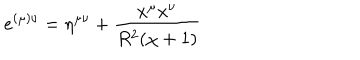
e ^ { ( \mu ) \nu } = \eta ^ { \mu \nu } + \frac { x ^ { \mu } x ^ { \nu } } { R ^ { 2 } ( \chi + 1 ) }